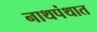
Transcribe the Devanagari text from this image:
नाथपंथात